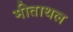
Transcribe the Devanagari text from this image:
मीताथल